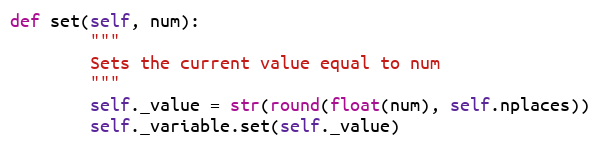
Language: Python
def set(self, num):
        """
        Sets the current value equal to num
        """
        self._value = str(round(float(num), self.nplaces))
        self._variable.set(self._value)